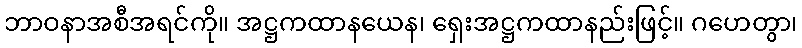
ဘာဝနာအစီအရင်ကို။ အဋ္ဌကထာနယေန၊ ရှေးအဋ္ဌကထာနည်းဖြင့်။ ဂဟေတွာ၊